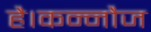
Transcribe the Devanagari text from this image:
है।कन्नौज